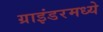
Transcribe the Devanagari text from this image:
ग्राइंडरमध्ये